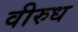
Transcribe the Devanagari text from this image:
वीरुध